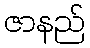
ဇာနည်